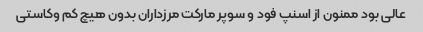
عالی بود ممنون از اسنپ فود و سوپر مارکت مرزداران بدون هیچ کم وکاستی